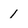
Character: 1